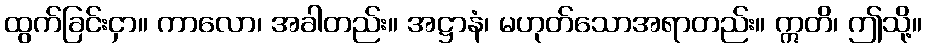
ထွက်ခြင်းငှာ။ ကာလော၊ အခါတည်း။ အဋ္ဌာနံ၊ မဟုတ်သောအရာတည်း။ ဣတိ၊ ဤသို့။